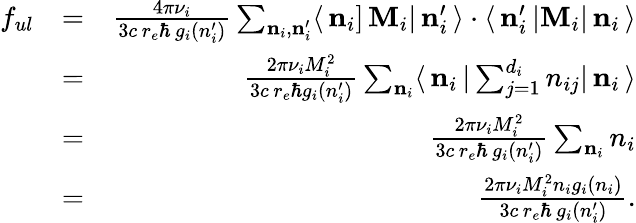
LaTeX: \begin{array}{rlr}{f_{ul}}&{=}&{\frac{4\pi\nu_{i}}{3c\, r_{e}\hbar\, g_{i}(n_{i}^{\prime})}\sum_{{\mathbf n}_{i},{\mathbf n}_{i}^{\prime}}\langle\, {\mathbf n}_{i}]\, {\mathbf M}_{i}|\, {\mathbf n}_{i}^{\prime}\, \rangle\cdot\langle\, {\mathbf n}_{i}^{\prime}\, |{\mathbf M}_{i}|\, {\mathbf n}_{i}\, \rangle}\\ &{=}&{\frac{2\pi\nu_{i}M_{i}^{2}}{3c\, r_{e}\hbar g_{i}(n_{i}^{\prime})}\sum_{{\mathbf n}_{i}}\langle\, {\mathbf n}_{i}\, |\sum_{j=1}^{d_{i}}n_{ij}|\, {\mathbf n}_{i}\, \rangle}\\ &{=}&{\frac{2\pi\nu_{i}M_{i}^{2}}{3c\, r_{e}\hbar\, g_{i}(n_{i}^{\prime})}\sum_{{\mathbf n}_{i}}n_{i}}\\ &{=}&{\frac{2\pi\nu_{i}M_{i}^{2}n_{i}g_{i}(n_{i})}{3c\, r_{e}\hbar\, g_{i}(n_{i}^{\prime})}.}\end{array}